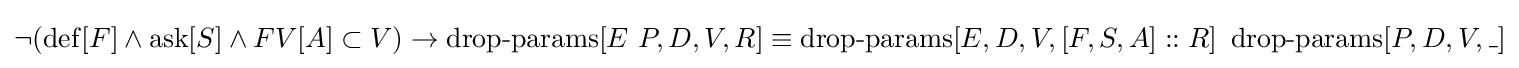
\neg (\operatorname {def} [F]\land \operatorname {ask} [S]\land FV[A]\subset V)\to \operatorname {drop-params} [E\ P,D,V,R]\equiv \operatorname {drop-params} [E,D,V,[F,S,A]::R]\ \operatorname {drop-params} [P,D,V,\_]